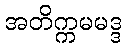
အတိက္ကမမဒ္ဒ